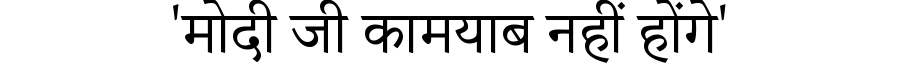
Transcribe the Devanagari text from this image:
'मोदी जी कामयाब नहीं होंगे'